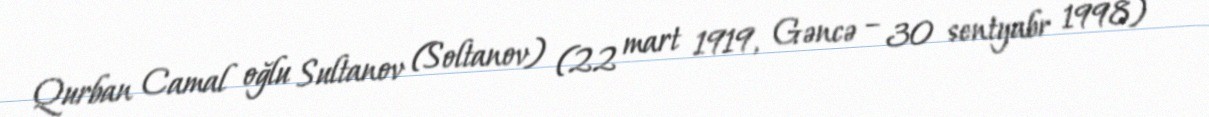
Qurban Camal oğlu Sultanov (Soltanov) (22 mart 1919, Gəncə – 30 sentyabr 1998)